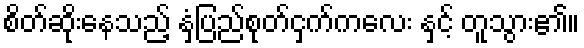
စိတ်ဆိုးနေသည့် နှံပြည်စုတ်ငှက်ကလေး နှင့် တူသွား၏။